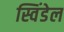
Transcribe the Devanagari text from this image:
स्विंडेल